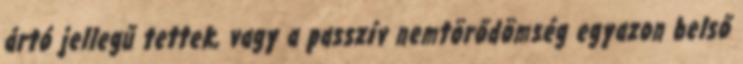
ártó jellegű tettek, vagy a passzív nemtörődömség egyazon belső